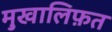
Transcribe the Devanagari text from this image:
मु़खालिफ़त